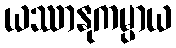
ယဿာနုကမ္ပာယ